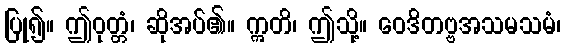
ပြု၍။ ဤဝုတ္တံ၊ ဆိုအပ်၏။ ဣတိ၊ ဤသို့။ ဝေဒိတဗ္ဗအသမသမံ၊